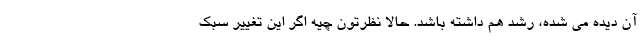
آن دیده می شده، رشد هم داشته باشد. حالا نظرتون چیه اگر این تغییر سبک